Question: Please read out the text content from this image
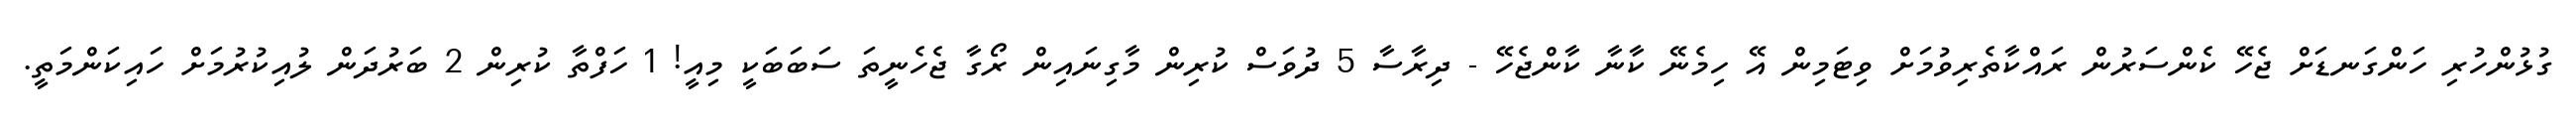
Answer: ގުޅުންހުރި ހަންގަނޑަށް ޖެހޭ ކެންސަރުން ރައްކާތެރިވުމަށް ވިޓަމިން އޭ ހިމެނޭ ކާނާ ކާންޖެހޭ - ދިރާސާ 5 ދުވަސް ކުރިން މާގިނައިން ރޯގާ ޖެހެނީތަ ސަބަބަކީ މިއީ! 1 ހަފްތާ ކުރިން 2 ބަރުދަން ލުއިކުރުމަށް ހައިކަންމަތީ.